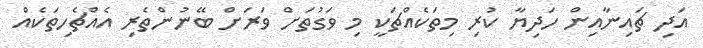
އަދި ޗައިނާއިން ހަދިޔާ ކުރި މިތަކެއްޗަކީ މި ވަގުތަށް ވަރަށް ބޭނުންތެރި އެއްޗެހިތަކެއް